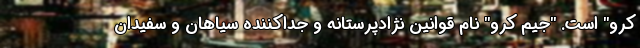
کرو" است. "جیم کرو" نام قوانین نژادپرستانه و جداکننده سیاهان و سفیدان